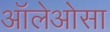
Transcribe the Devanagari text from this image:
ऑलेओसा